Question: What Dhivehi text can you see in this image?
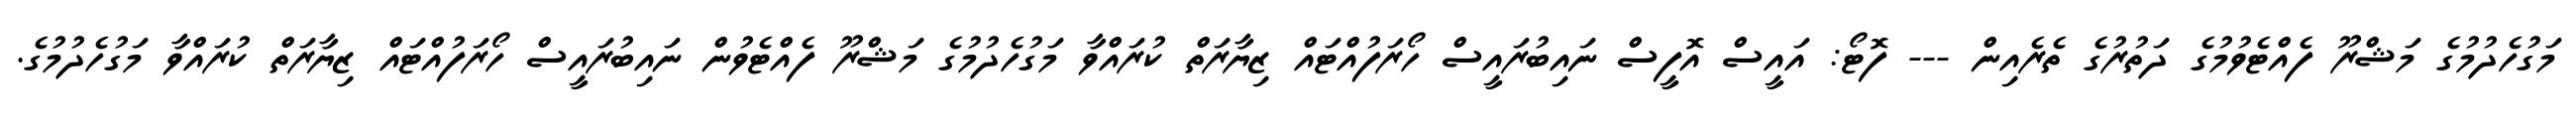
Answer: މަގުހެދުމުގެ މަޝްރޫ ފެއްޓެވުމުގެ ދަތުރުގެ ތެރެއިން --- ފޮޓޯ: އައީސް އޮފީސް ނައިބުރައީސް ހޯރަފުއްޓައް ޒިޔާރަތް ކުރައްވާ މަގުހެދުމުގެ މަޝްރޫ ފެއްޓެވުން ނައިބުރައީސް ހޯރަފުއްޓައް ޒިޔާރަތް ކުރައްވާ މަގުހެދުމުގެ.